Report of the Bombay Veterinary College
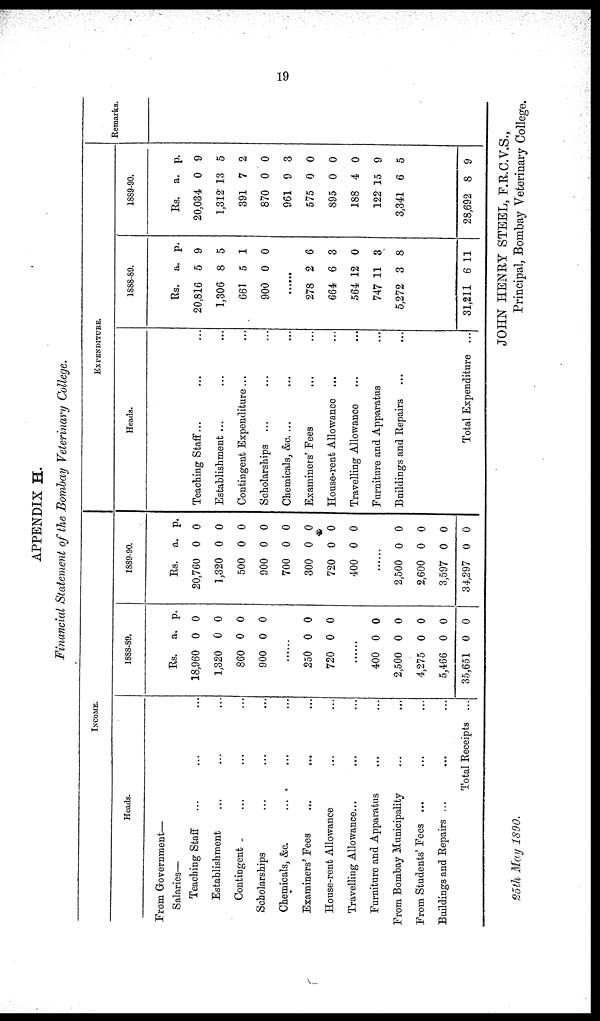
19
APPENDIX H.
Financial Statement of the Bombay Veterinary College.
INCOME.
Heads.
From Government—
Salaries—
Teaching Staff ... ...
Establishment... ...
Contingent... ...
Scholarships... ...
Chemicals, &c. ... ...
Examiners' Fees... ...
House-rent Allowance ...
Travelling Allowance...
Furniture and Apparatus
From Bombay Municipality
From Students' Fees ...
Buildings and Repairs ...
Total Receipts
1888-89.
Rs.
18,960
1,320
860
900
... ...
250
720
... ...
400
2,500
4,275
5,466
35,651
a.
0
0
0
0
0
0
0
0
0
0
0
p.
0
0
0
0
0
0
0
0
0
0
0
1889-90.
Rs.
20,760
1,320
500
900
700
300
720
400
... ...
2,500
2,600
3,597
34,297
a.
0
0
0
0
0
0
0
0
0
0
0
0
p.
0
0
0
0
0
0
0
0
0
0
0
0
EXPENDITURE.
Heads.
Teaching Staff...
Establishment ...
Contingent Expenditure ...
Scholarships ...
Chemicals, &c. ...
Examiners' Fees
...
House-rent Allowance ...
Travelling Allowance
Furniture and Apparatus
Buildings and Repairs
Total Expenditure ...
1888-89.
Rs.
20,816
1,306
661
900
... ...
278
664
564
747
5,272
31,211
a.
5
8
5
0
2
6
12
11
3
6
p.
9
5
1
0
6
3
0
3
8
11
1889-90.
Rs.
20,034
1,312
391
870
961
575
895
188
122
3,341
28,692
a.
0
13
7
0
9
0
0
4
15
6
8
p.
9
5
2
0
3
0
0
0
9
5
9
Remarks.
JOHN HENRY STEEL, F.R.C.V.S.,
25th May 1890.
Principal, Bombay Veterinary College,